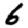
Digit: 6